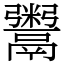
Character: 鬻